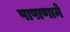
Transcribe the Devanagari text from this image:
पाषाणाने